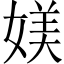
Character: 媄